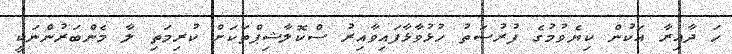
ހަ ދާއިރާ އަކުން ކިޔެވުމުގެ ފުރުސަތު ހުޅުވާޅާފައިވާއިރު ސްކޮލާޝިޕްތަކަށް ކުރިމަތި ލާ މެންބަރުންނަކީ